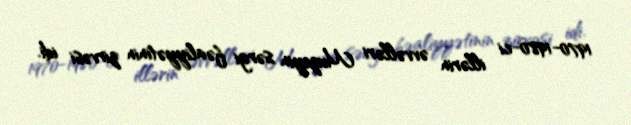
1970-1980-ci illərin əvvəlləri Muzeyin sərgi fəaliyyətinin zirvəsi idi.